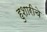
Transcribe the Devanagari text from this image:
हुशारीचे